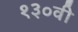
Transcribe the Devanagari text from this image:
१३०वी